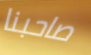
صاحبنا